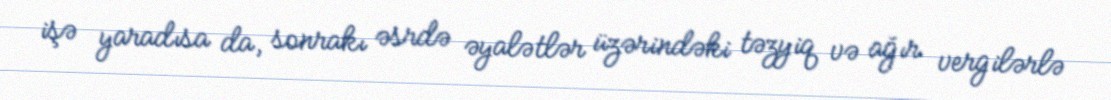
işə yaradısa da, sonrakı əsrdə əyalətlər üzərindəki təzyiq və ağır vergilərlə